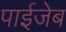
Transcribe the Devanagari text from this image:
पाईजेब